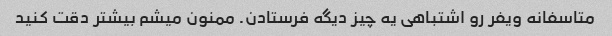
متاسفانه ویفر رو اشتباهی یه چیز دیگه فرستادن. ممنون میشم بیشتر دقت کنید